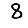
Digit: 8